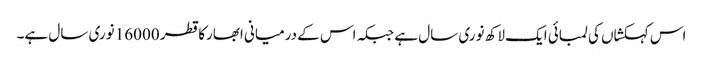
اس کہکشاں کی لمبائی ایک لاکھ نوری سال ہے جبکہ اس کے درمیانی ابھارکا قطر 16000 نوری سال ہے۔